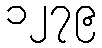
၁၂၇၉